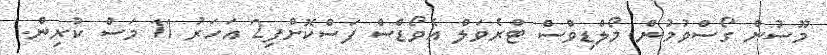
މޫސުން ގޯސްވުމުން މޯލްޑިވްސް ޓްރެވަލް އެވޯޑްސް ފަސްކޮށްފި2 އަހަރު 11 މަސް ކުރިން.